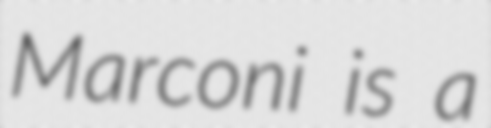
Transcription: Marconi is a